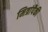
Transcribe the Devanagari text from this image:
मित्रांपैकी